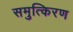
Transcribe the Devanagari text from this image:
समुत्किरण